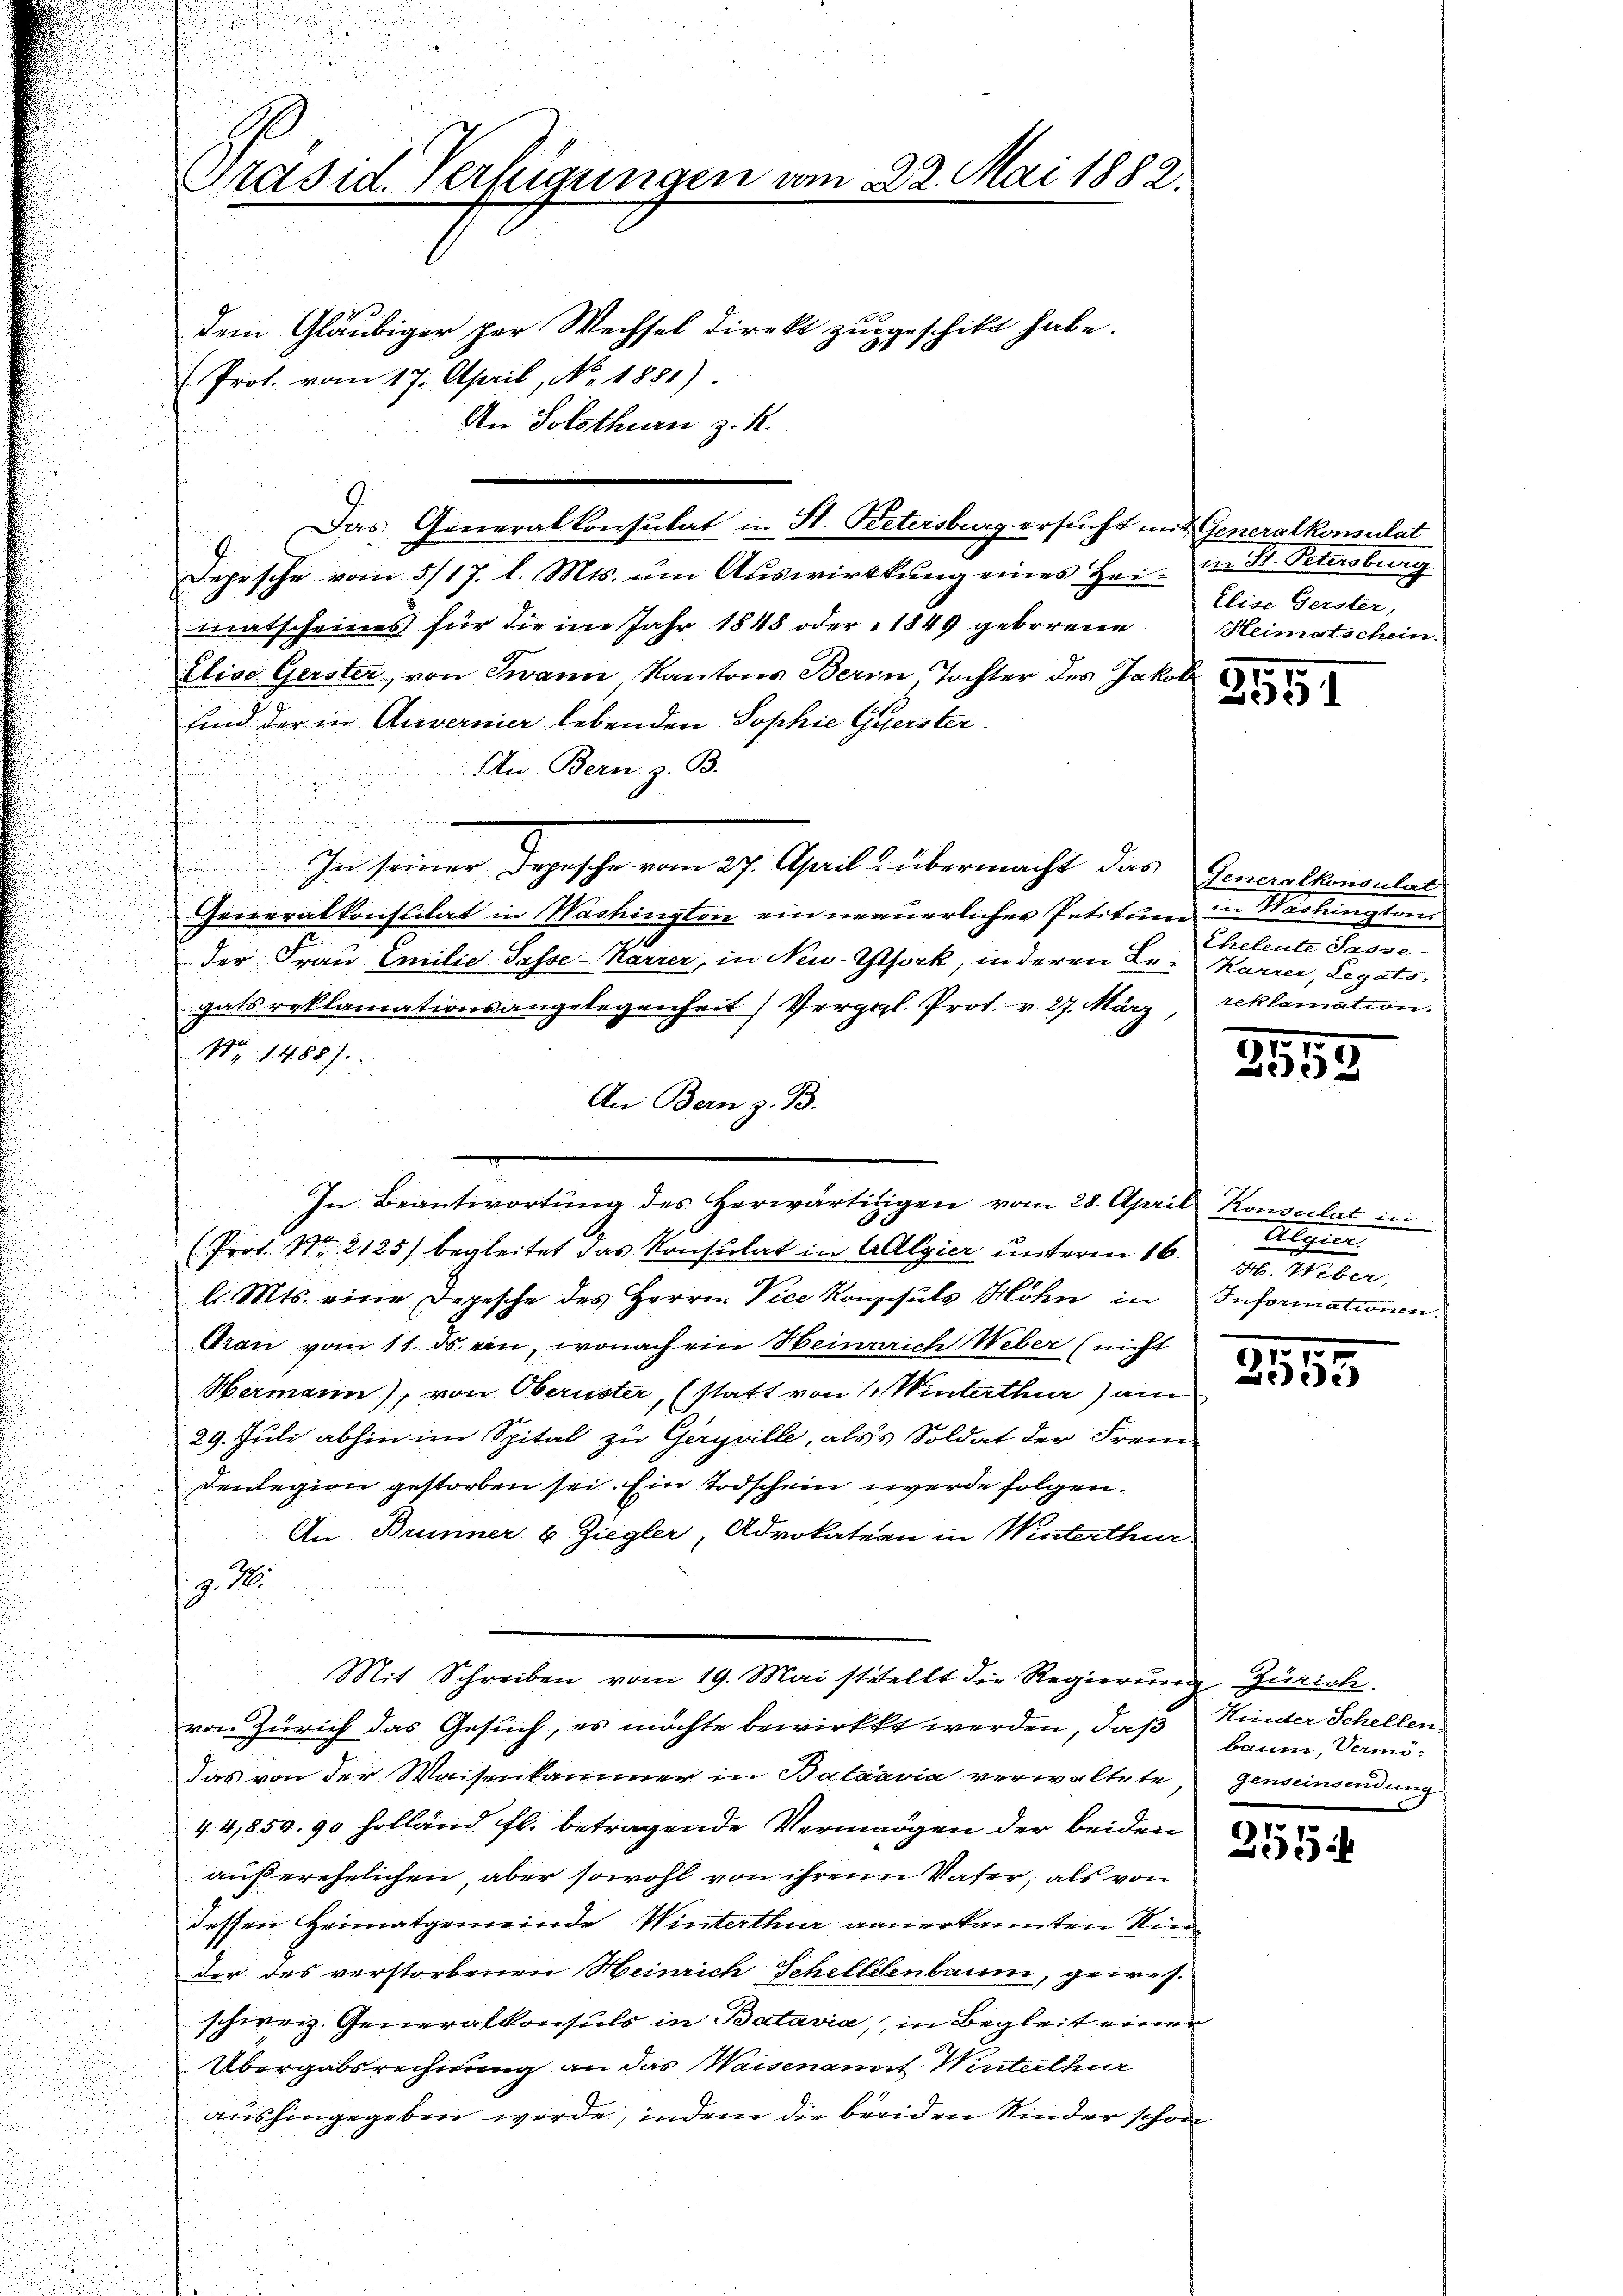
Präsid. Verfeigungen vom 22. Mai 1882.

Dem Gläubiger per Wechsel direkt zun
Depesche vom 5/17. l. Mts. um Auswirklung eines Heimatscheines für die im Jahr 1848 oder 1849 geborene
Elise Gerster, von Zwann Kantons Beron Tochter des Jakob
sind der in Anvernier lebenden Sophie Querster.
An. Bern z. B.
e
In seiner Tagesche vom 27. April u. übermacht das Generthemalit
Generalkonstilat in Washington einmauerlichen Petitum in Washington
der Frau Emilie Pässe-Karrer, in New-York, in deren Bei Karrer, Legats,
gats reklamationsangelegenheit) Vergl. Prot. v. 27. März, reklamation.
N. 1488).
An Bern z. B.
(Prot. Nr. 2125) begleitet das Konsulat in Algier unterm 16. d. Weber,
d. Mts. eine Depesche des Herren Vice Konsuls Höhn in
Gran vom 11. ds. ein, wonach ein Heinrich Weber (nicht
Hermann), von Oberuster, (statt von 6 Winterthur) am
29. Juli abhin im Spital zu Geryville, als Soldat der Fremsenlegion gestorben sei. Ein Todschein werde folgen.
An Brunner u. Ziegler, Advokatern in Winterthur
z. 18.
Mit Schreiben vom 19. Mai stellt die Regierung Zürich.
von Zürich das Gesuch, es möchte bewirkt werden, daß
das von der Waisenkammer in Batavia verwaltete, genseinsendung
44,850. 90 holland. fl. betragende Vermögen der beiden
außerehelichen, aber sowohl von ihrem Vater, als von
dessen Heimatgemeinde Winterthur anerkannten Sin
der des verstorbenen Heinrich Schellienbaum, gewesschweiz. Generalkonsuls in Batavia, in Begleit einer
Übergabsrechnung an das Waisenamt Winterthur
aushingegeben werde, indem die beeiden Kinder schon

(Prot. vom 17. April, No. 1881).

An Solothurn z. R.

Das Generalkonsulat in St. Petersburg ersucht mit Generalkonsulat

In Beantwortung des Herwärtigen vom 28. April Konsulat in

hilt habe.
g

in St. Petersburg.
Elise Gerster,
Heimatschein.

0
2551

Cheleute Pässe

117
252

Algier
Informationen.

2555

Kinder Schellen.
baum, Vermö¬

255